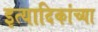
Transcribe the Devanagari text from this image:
इत्यादिकांच्या